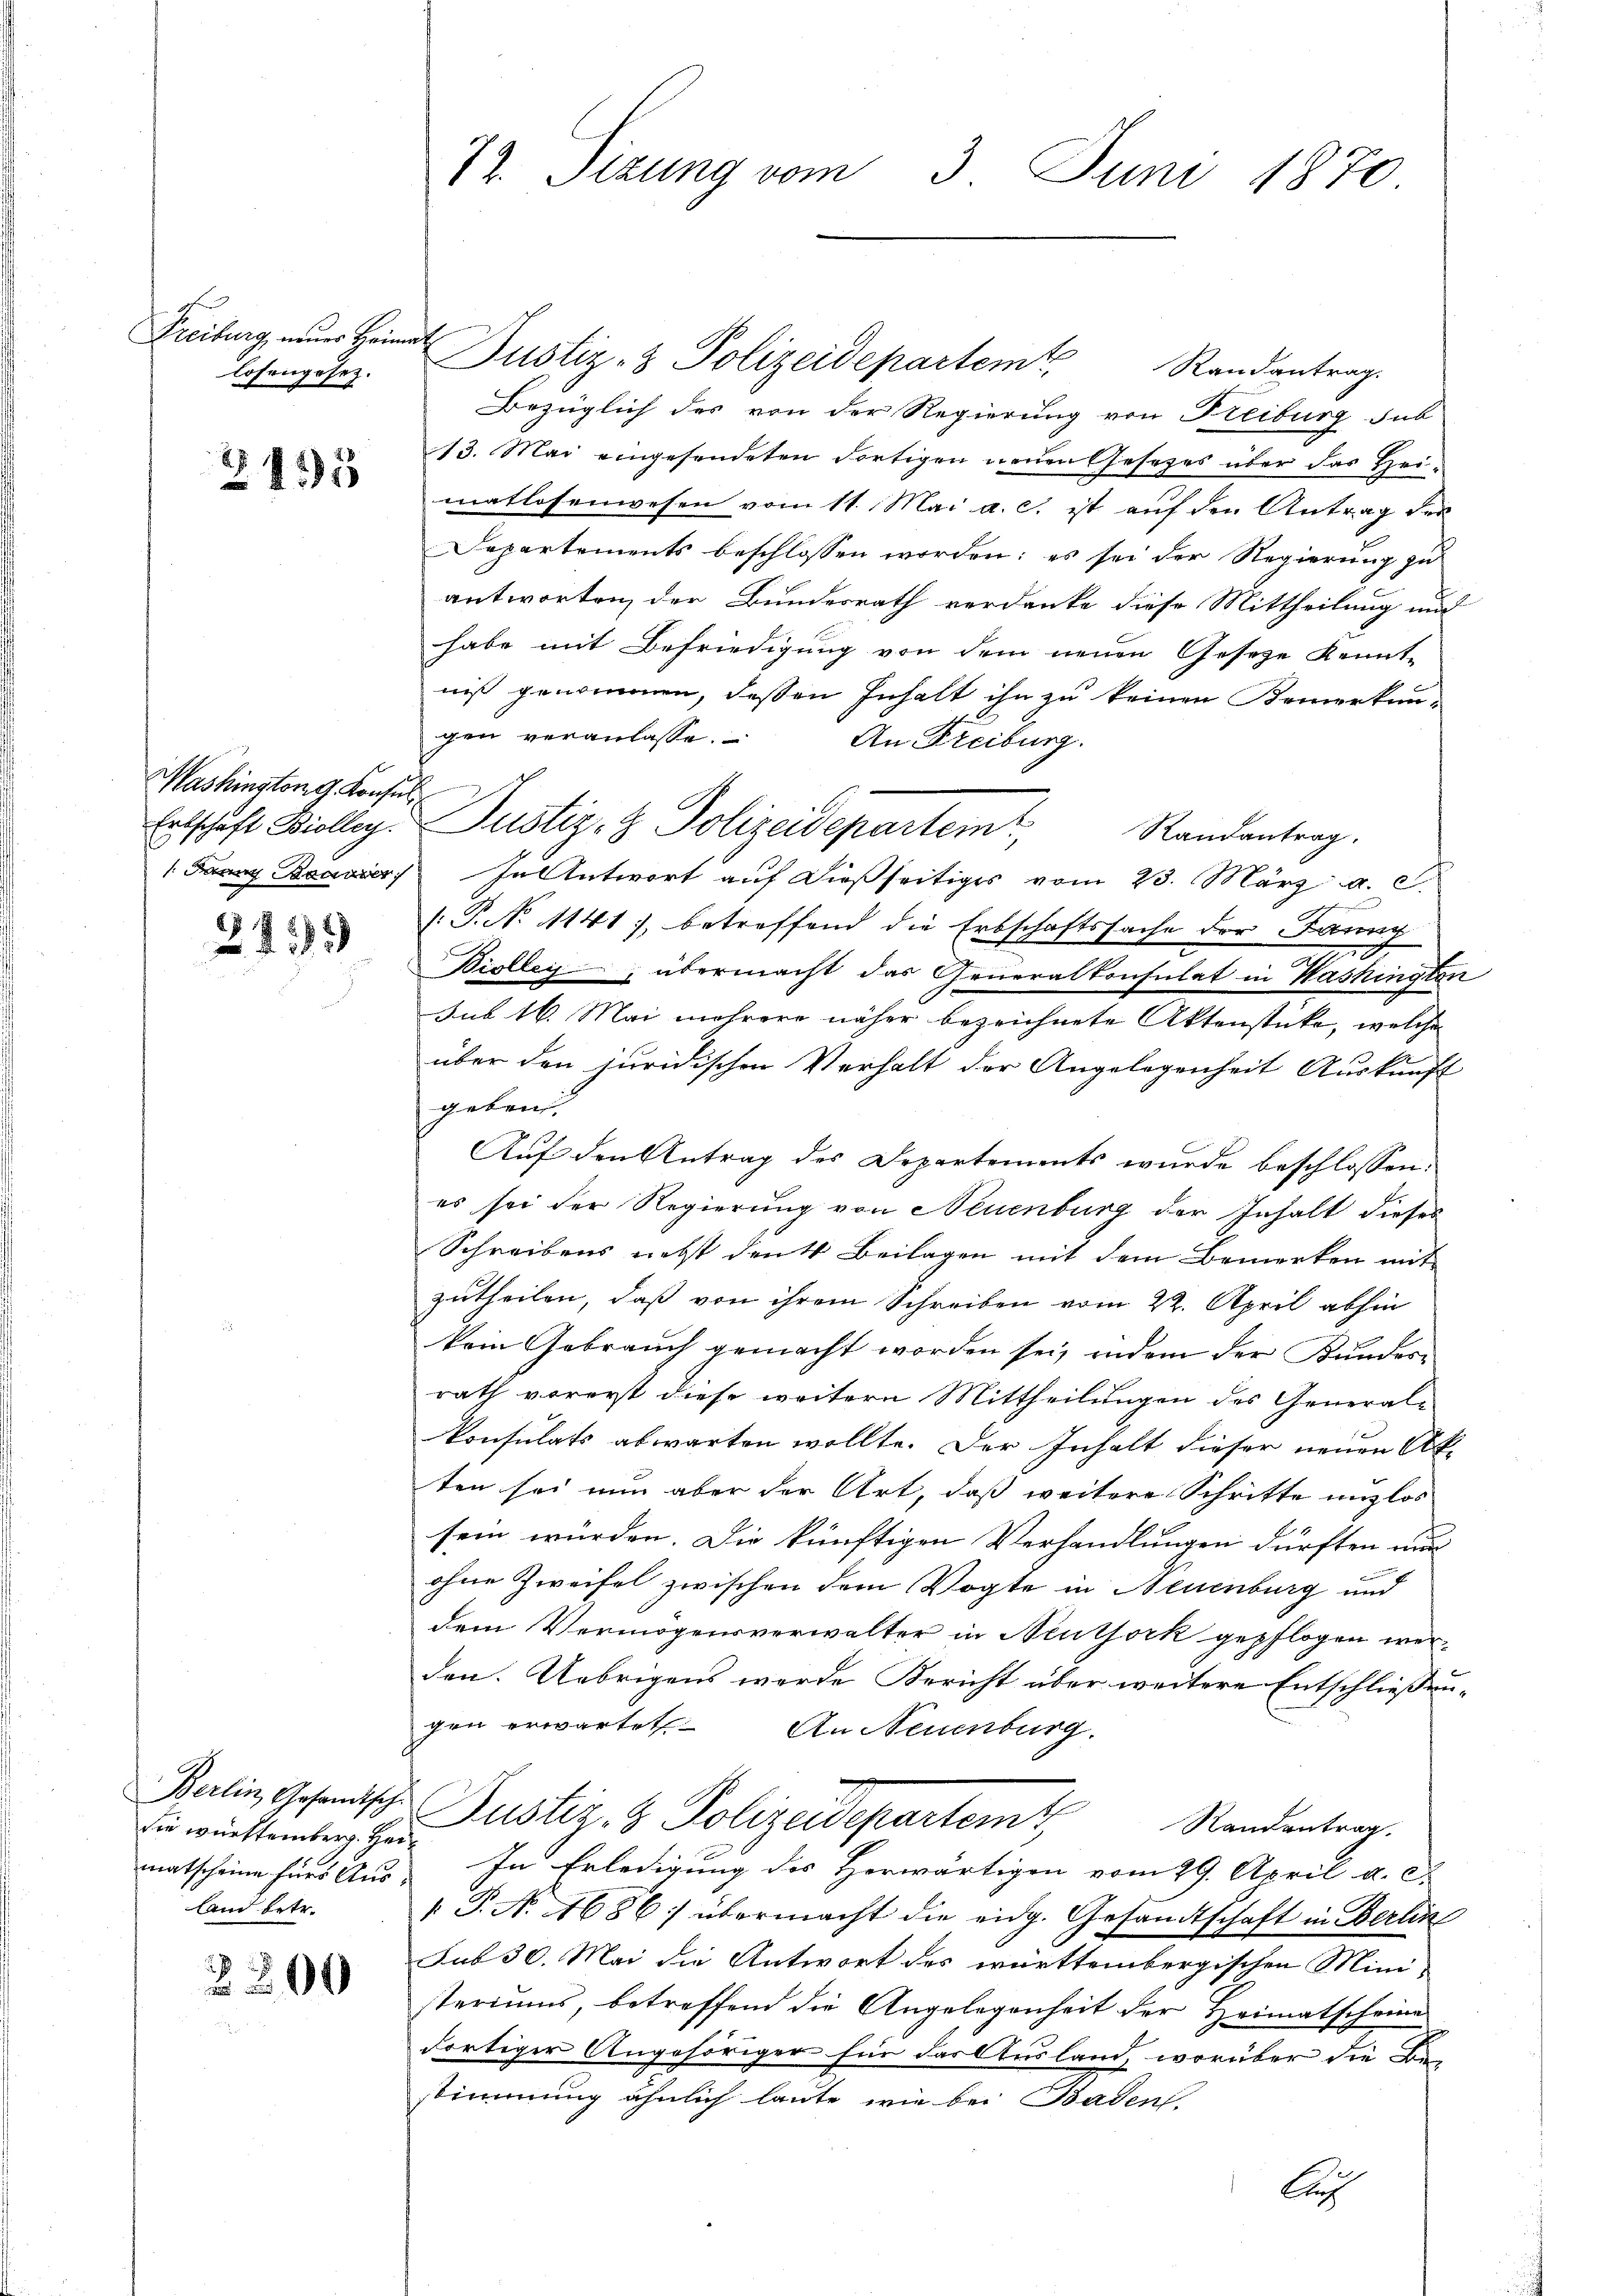
Freiburg, eines Heimat
losengesez.

245

Mashingtong. Konsul

67
1

sie württemberg. Heimatscheine fürs Aus
land betr.

2800

72. Sizung vom 3. Juni 1870

Justiz- & Polizeidepartem Randantrag.
Bezüglich des von der Regierung von Freiburg sub
13. Mai eingesendeten dortigen neuen Gesetzes über das Heimatlosenwesen vom 11. Mai a. c. ist auf den Antrag der
Departements beschlossen worden; es sei der Regierung zu
antworten, der Bundesrath verdanke diese Mittheilung und
habe mit Befriedigung von dem neuen Geseze Kennt-
niß genommen, dessen Inhalt ihn zu keinen Kemerkun-
gen veranlasse.
An Freiburg.
 Fanny Bauverantwort auf dießseitiges vom 23. März a. c.
.P. No 1141), betreffend die Erbschaftssache der Firung
Biolleg, übermacht das Generalkonsulat in Washingte.
sub 16. Mai mehrere näher bezeichnete Aktenstücke, welche
über den juridischen Verhalt der Angelegenheit Auskunft
geben,
Auf den Antrag des Departements wurde beschlossen:
es sei der Regierung von Neuenburg der Inhalt dieses
Schreibens nebst denk Beilagen mit dem Bemerken mit
zutheilen, daß von ihrem Schreiben vom 22. April abhin
kein Gebrauch gemacht worden sei, indem der Kundes-
rath vorerst diese weitern Mittheilungen des Generalkonsulats abwarten wollte. Der Inhalt dieser neuen Ak-
ten sei nun aber der Art, daß weitere Schritte unzlos
sein würden. Die künftigen Verhandlungen dürften nun
ohne Zweifel zwischen dem Vogte in Neuenburg und
dem Vermögensverwalter in Neuthork gepflogen werden. Uebrigens werde Bericht über weitere Entschließen
gen erwartet. An Neuenburg.
Balin, Gesandische Justiz- & Polizeidepartem Standentrag.
In Erledigung des Horwärtigen vom 29. April a. c.
 P. Nr. 1686) übermacht die eidg. Gesandtschaft in Berlin
sub 30. Mai die Antwort des württembergischen Mini-
steriums, betreffend die Angelegenheit der Heimatscheine
dortiger Angehöriger für das Ausland, worüber die Bestimmung ähnlich laute, wie bei Baden.

Ertschaft Biolleg. Justiz- & Polizeidepartem Randantrag.

A